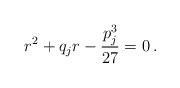
LaTeX: \begin{align*}r^2+q_{j}r-{p_{j}^3\over 27}=0\,.\end{align*}